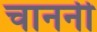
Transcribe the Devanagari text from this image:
चाननी